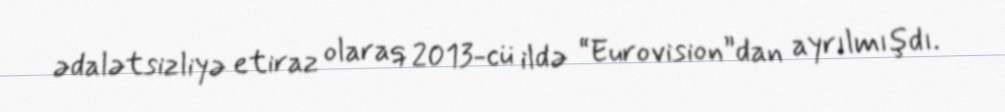
ədalətsizliyə etiraz olaraq 2013-cü ildə “Eurovision”dan ayrılmışdı.